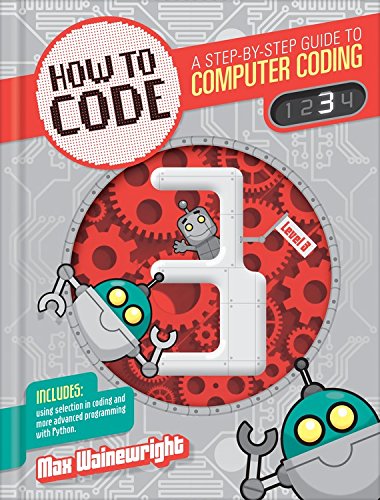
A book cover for Level 3 (How to Code: A Step by Step Guide to Computer Coding); Max Wainewright; Children's Books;